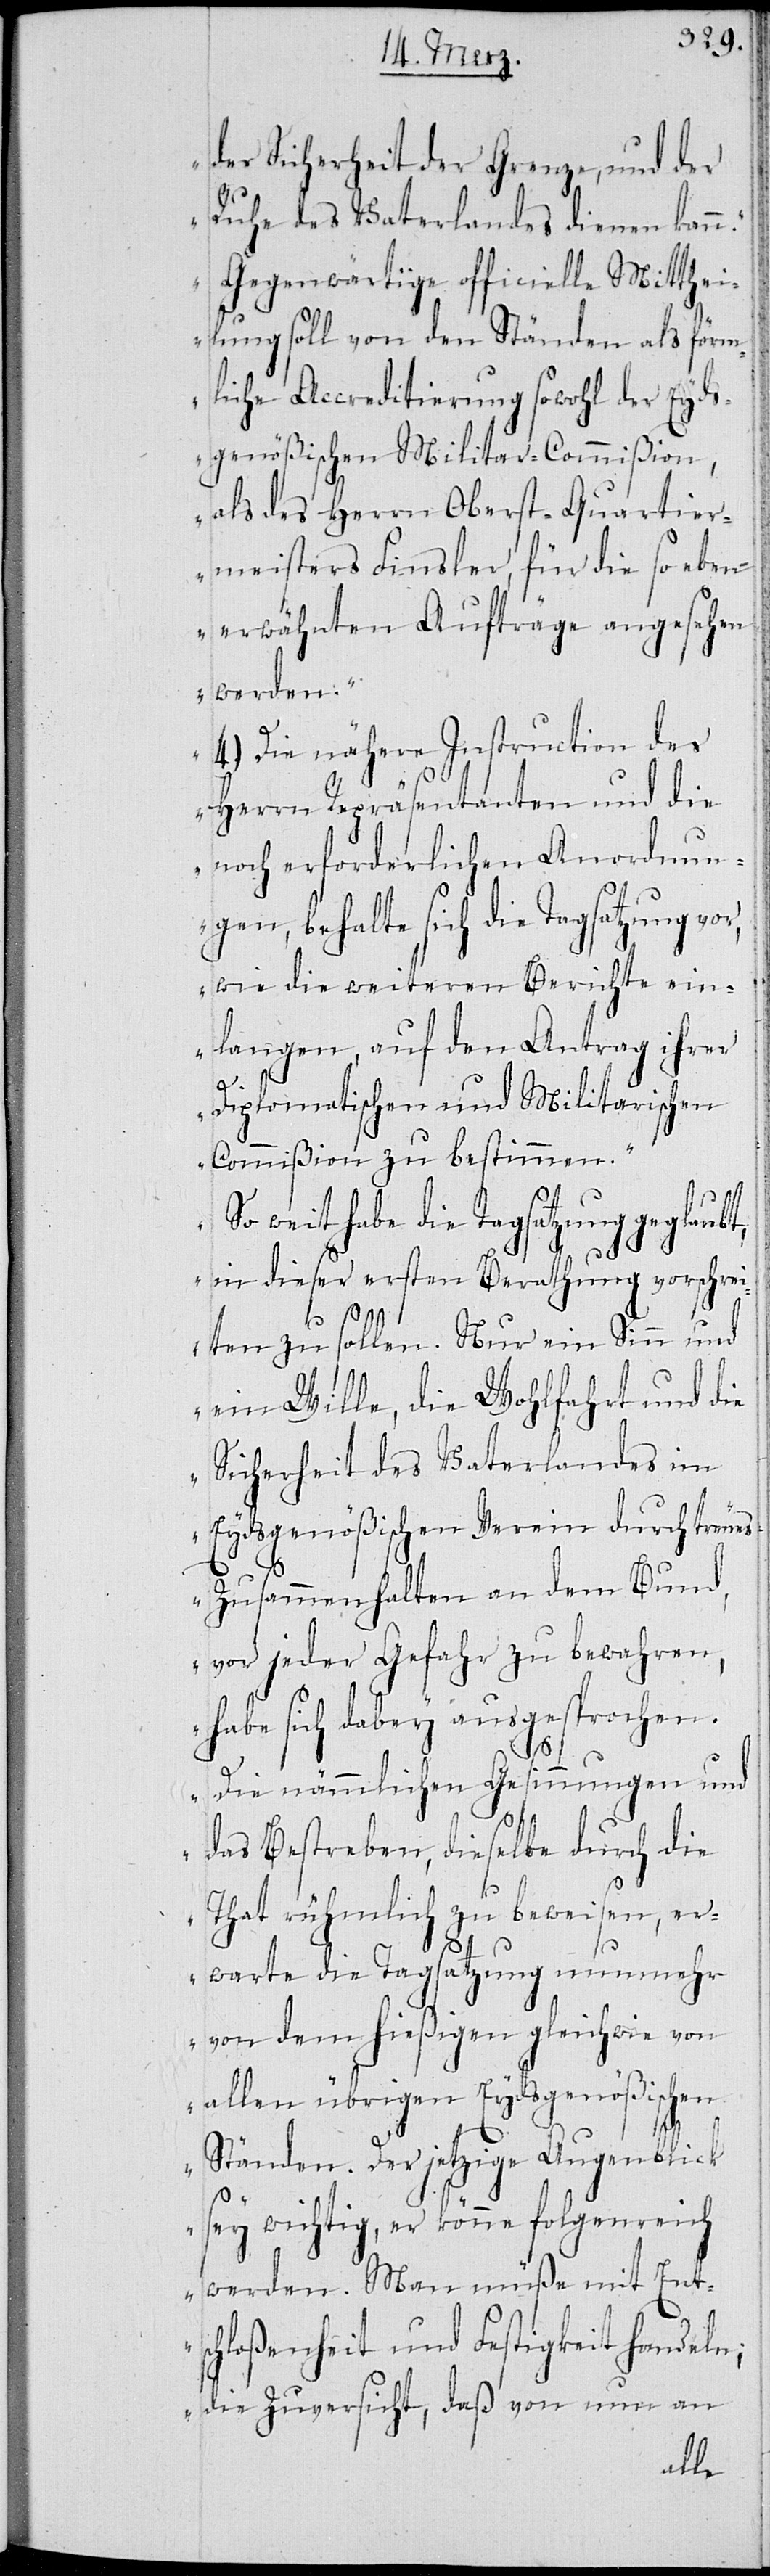
der Sicherheit der Grenze, und der
Ruhe des Vaterlandes dienen kann.
Gegenwärtige officielle Mitthei¬
lung soll von den Ständen als förm¬
liche Accreditierung sowohl der Eyds¬
gnößischen Militar-Commißion,
als des Herrn Oberst-Quartier¬
meisters Fisler, für die soeben
erwähnten Aufträge angesehen
werden.
4.) Die nähere Instruction des
Herrn Repräsentanten und die
noch erforderlichen Anordnun¬
gen, behalte sich die Tagsatzung vo¬
r, wie die weiteren Berichte ein¬
langen, auf den Antrag ihrer
Diplomatischen und Militarischen
Commißion zu bestimmen.
So weit habe die Tagsatzung geglaubt,
in dieser ersten Berathung vorschrei¬
ten zu sollen. Nur ein Sinn und
ein Wille, die Wohlfahrt und die
Sicherheit des Vaterlandes im
Eydsgenößischen Verein durch treues
Zusammenhalten an dem Bund,
vor jeder Gefahr zu bewahren,
habe sich dabey ausgesprochen.
Die nämmlichen Gesinnungen und
das Bestreben, dieselbe durch die
That rühmlich zu beweisen, er¬
warte die Tagsatzung nunmehr
von dem hießigen gleichwie von
allen übrigen Eydsgenößischen
Ständen. Der jetzige Augenblick
sey wichtig, er könne folgenreich
werden. Man müße mit Ent¬
schloßenheit und Festigkeit handeln;
die Zuversicht, daß von nun an